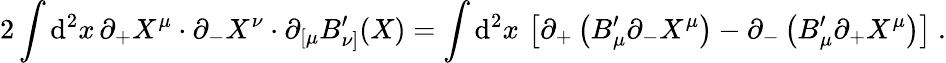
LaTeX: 2\int\mathrm{d}^{2}x\, \partial_{+}X^{\mu}\cdot\partial_{-}X^{\nu}\cdot\partial_{[\mu}B_{\nu]}^{\prime}(X)=\int\mathrm{d}^{2}x\, \left[\partial_{+}\left(B_{\mu}^{\prime}\partial_{-}X^{\mu}\right)-\partial_{-}\left(B_{\mu}^{\prime}\partial_{+}X^{\mu}\right)\right]\ .